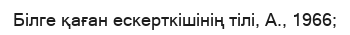
Білге қаған ескерткішінің тілі, А., 1966;